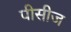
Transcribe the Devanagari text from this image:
पीसीज